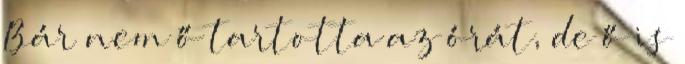
Bár nem ő tartotta az órát, de ő is